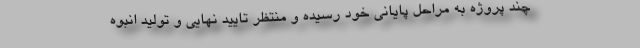
چند پروژه به مراحل پایانی خود رسیده و منتظر تایید نهایی و تولید انبوه